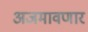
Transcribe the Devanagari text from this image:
अजमावणार